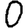
Digit: 0